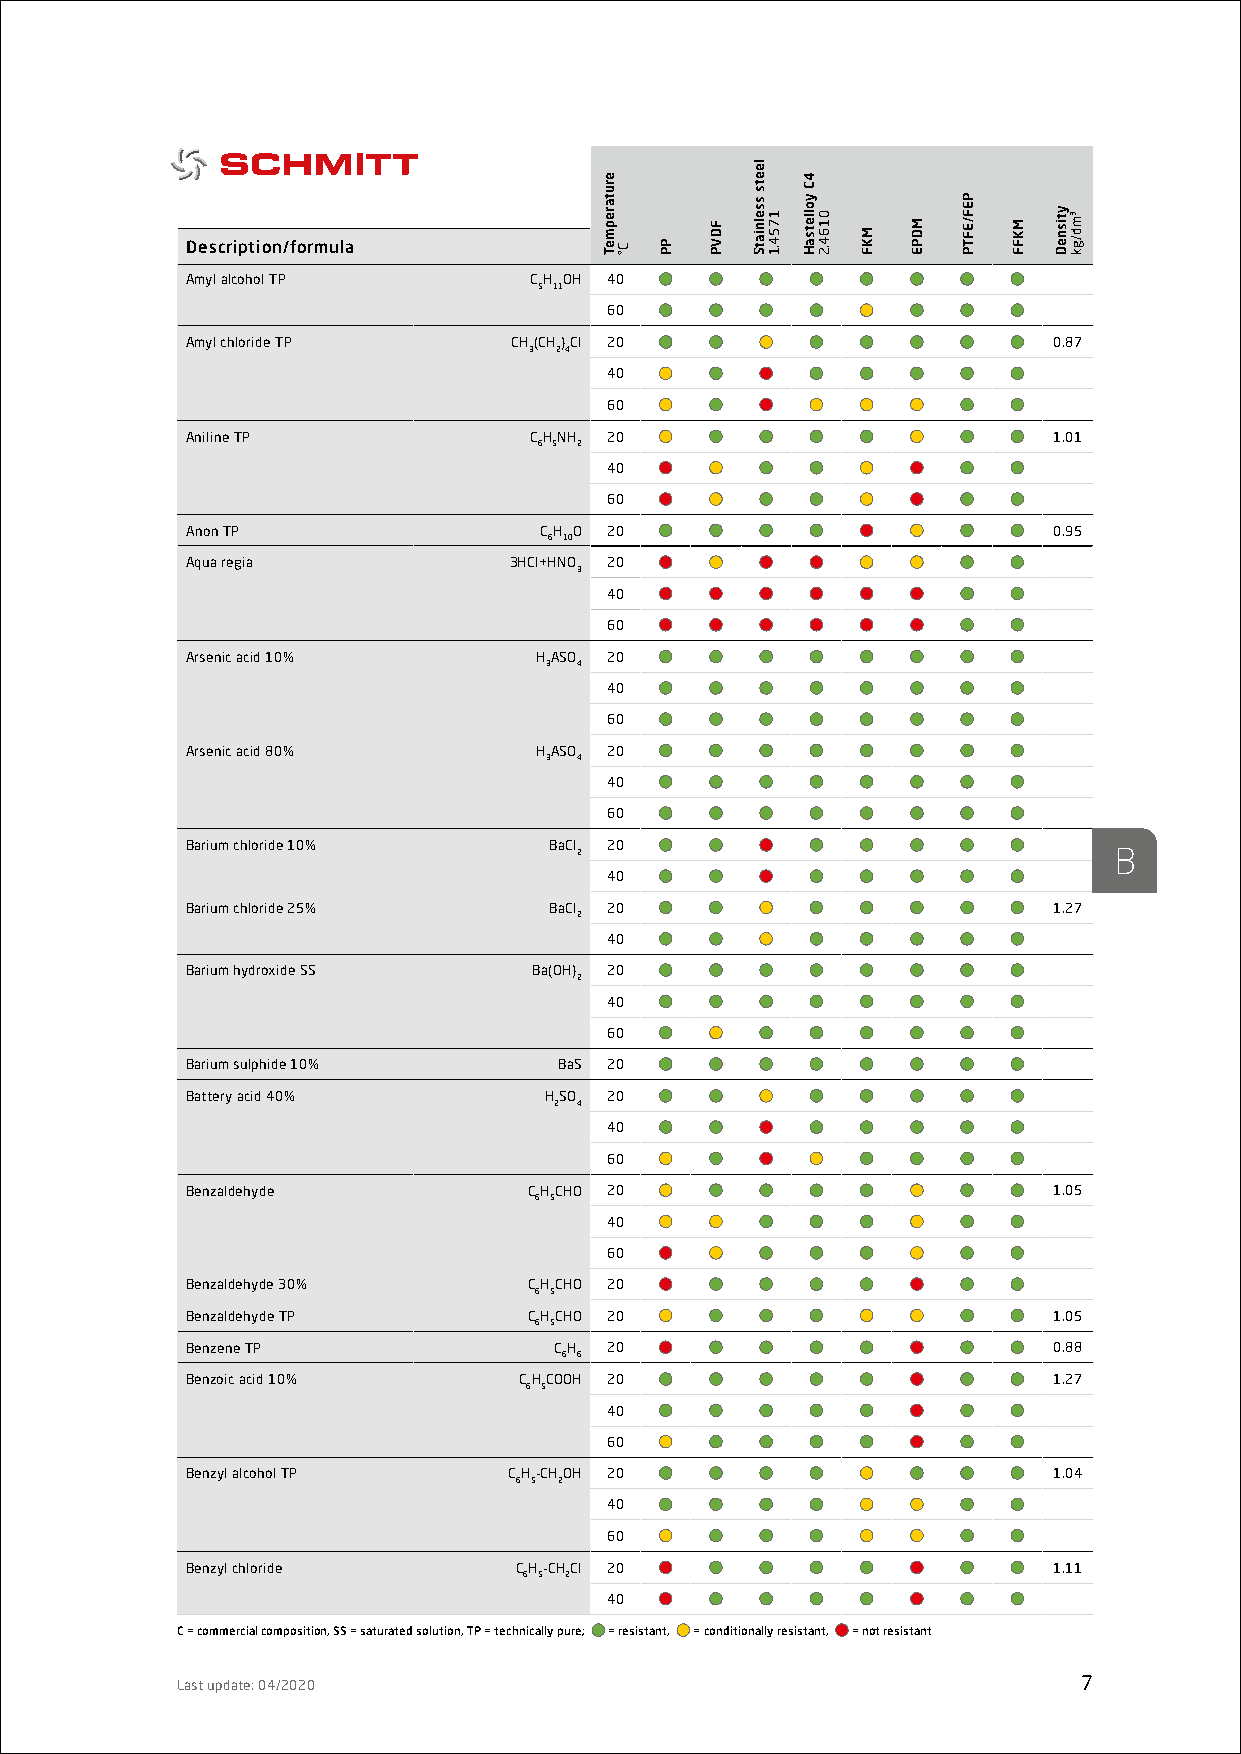
Description/formula
 Amyl alcohol TP        CH OH 40
 5 11
 60
 Amyl chloride TP      CH(CH)Cl 20                         0.87
 3 24
 40
 60
 Aniline TP             CHNH 20                            1.01
 6 5 2
 40
 60
 Anon TP                 CH O 20                           0.95
 6 10
 Aqua regia            3HCl+HNO 20
 3
 40
 60
 Arsenic acid 10%       HASO 20
 3 4
 40
 60
 Arsenic acid 80%       HASO 20
 3 4
 40
 60
 Barium chloride 10%     BaCl 20
 2                                   B
 40
 Barium chloride 25%     BaCl 20                           1.27
 2
 40
 Barium hydroxide SS    Ba(OH) 20
 2
 40
 60
 Barium sulphide 10%      BaS 20
 Battery acid 40%        HSO 20
 2 4
 40
 60
 Benzaldehyde           CHCHO 20                           1.05
 6 5
 40
 60
 Benzaldehyde 30%       CHCHO 20
 6 5
 Benzaldehyde TP        CHCHO 20                           1.05
 6 5
 Benzene TP               CH 20                            0.88
 6 6
 Benzoic acid 10%      CHCOOH 20                           1.27
 6 5
 40
 60
 Benzyl alcohol TP     CH-CHOH 20                          1.04
 6 5 2
 40
 60
 Benzyl chloride       CH-CHCl 20                          1.11
 6 5 2
 40
 C = commercial composition, SS = saturated solution, TP = technically pure; = resistant, = conditionally resistant, = not resistant
 Last update: 04/2020                                        7
 erutarepmeT
 C° PP
 FDVP
 leets
 sselniatS
 1754.1
 4C
 yolletsaH
 0164.2
 MKF
 MDPE
 PEF/EFTP
 MKFF
 ytisneD ³md/gk